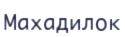
Махадилок